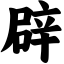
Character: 辟